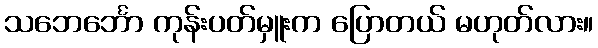
သဘေင်္ဘော ကုန်းပတ်မှူးက ပြောတယ် မဟုတ်လား။